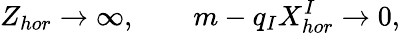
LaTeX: Z_{hor}\to\infty,\qquad m-q_{I}X_{hor}^{I}\to 0,